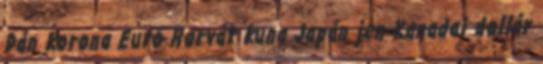
Dán korona Euró Horvát kuna Japán jen Kanadai dollár